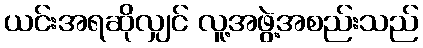
ယင်းအရဆိုလျှင် လူ့အဖွဲ့အစည်းသည်